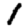
Digit: 1